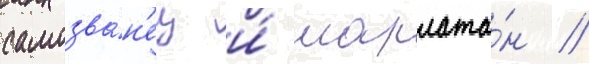
самозва́н'ец и́ шарлата́н //